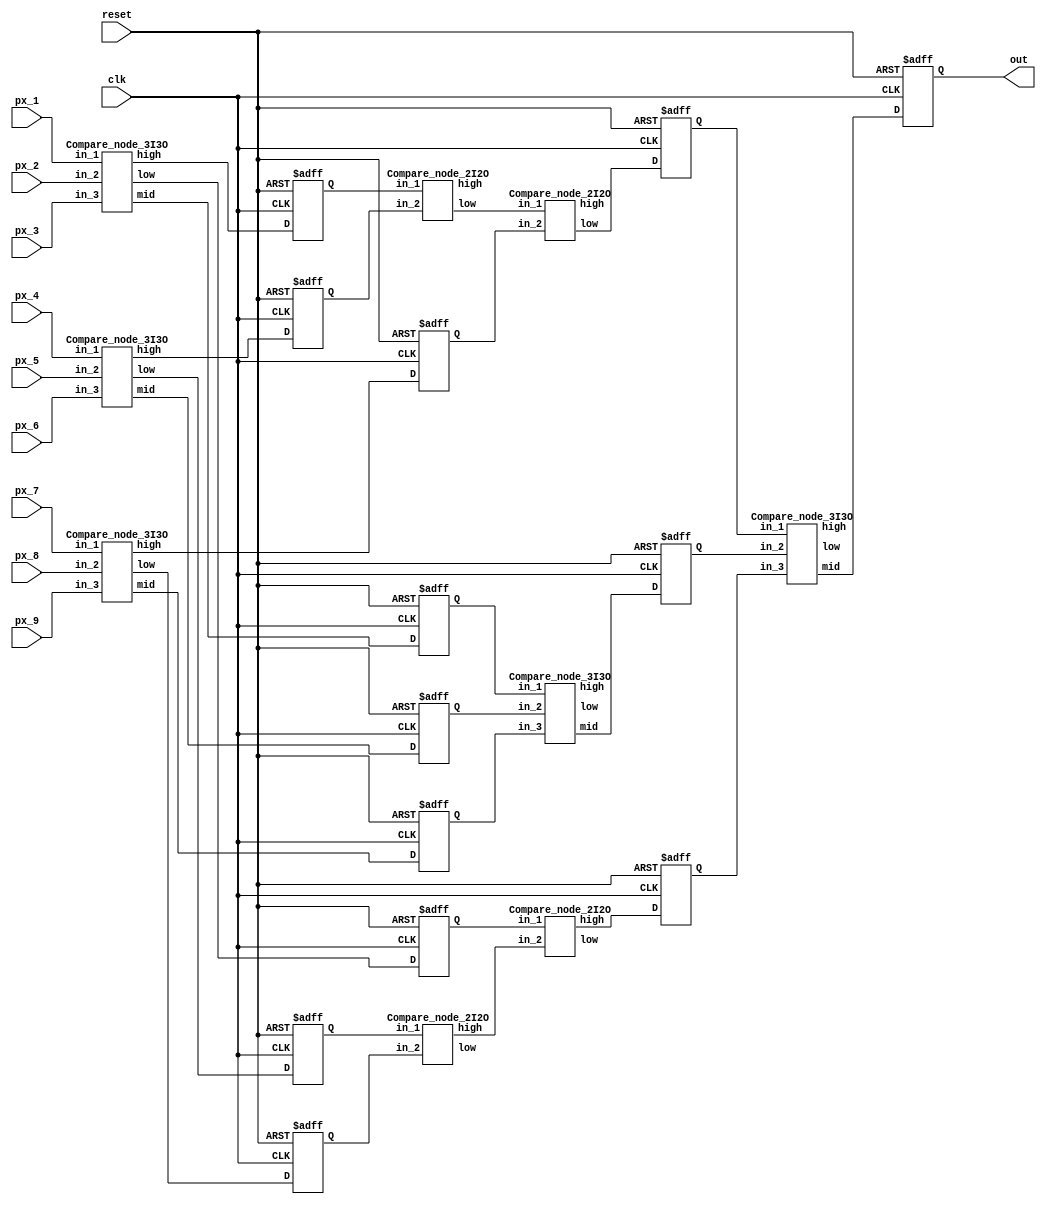
`timescale 1ns/10ps
//////////////////////////////////////////////////////////////////////////////////
// Median blur with 19 PEs & 3-level pipeline
// Structure: Systolic array
// Kernel size: 3x3
//
//////////////////////////////////////////////////////////////////////////////////

module  Median_blur_19_pip_3lv(
    input 	clk,
    input 	reset,
    input [7:0] px_1, px_2, px_3, px_4, px_5, px_6, px_7, px_8, px_9,
    output reg [7:0] out
	);

wire  [7:0] h3_1, h3_2, h3_3, h3_4, h3_5;
wire  [7:0] m3_1, m3_2, m3_3, m3_4, m3_5;
wire  [7:0] l3_1, l3_2, l3_3, l3_4, l3_5;

wire  [7:0] h2_1, h2_2, h2_3, h2_4;
wire  [7:0] l2_1, l2_2, l2_3, l2_4;

/////////////////////////////////////
//        Pipeline   stage         //
/////////////////////////////////////

reg  [7:0] pip_1_1, pip_1_2, pip_1_3, pip_1_4, pip_1_5, pip_1_6, pip_1_7, pip_1_8, pip_1_9;
reg  [7:0] pip_2_1, pip_2_2, pip_2_3;

Compare_node_3I3O u1(
    .in_1(px_1), .in_2(px_2), .in_3(px_3),
    .high(h3_1), .mid(m3_1), .low(l3_1)
);

Compare_node_3I3O u2(
    .in_1(px_4), .in_2(px_5), .in_3(px_6),
    .high(h3_2), .mid(m3_2), .low(l3_2)
);

Compare_node_3I3O u3(
    .in_1(px_7), .in_2(px_8), .in_3(px_9),
    .high(h3_3), .mid(m3_3), .low(l3_3)
);

//1st stage pipline
always @(posedge clk or posedge reset) begin
    if(reset) begin
        pip_1_1 <= 8'd0;
        pip_1_2 <= 8'd0;
        pip_1_3 <= 8'd0;
        pip_1_4 <= 8'd0;
        pip_1_5 <= 8'd0;
        pip_1_6 <= 8'd0;
        pip_1_7 <= 8'd0;
        pip_1_8 <= 8'd0;
        pip_1_9 <= 8'd0;
    end
    else begin
        pip_1_1 <= h3_1;
        pip_1_2 <= m3_1;
        pip_1_3 <= l3_1;
        pip_1_4 <= h3_2;
        pip_1_5 <= m3_2;
        pip_1_6 <= l3_2;
        pip_1_7 <= h3_3;
        pip_1_8 <= m3_3;
        pip_1_9 <= l3_3;
    end
end

Compare_node_2I2O u4(
    .in_1(pip_1_1), .in_2(pip_1_4),
    .high(h2_1), .low(l2_1)
);

Compare_node_2I2O u5(
    .in_1(l2_1), .in_2(pip_1_7),
    .high(h2_2), .low(l2_2)
);

Compare_node_3I3O u6(
    .in_1(pip_1_2), .in_2(pip_1_5), .in_3(pip_1_8),
    .high(h3_4), .mid(m3_4), .low(l3_4)
);

Compare_node_2I2O u7(
    .in_1(pip_1_3), .in_2(h2_4),
    .high(h2_3), .low(l2_3)
);

Compare_node_2I2O u8(
    .in_1(pip_1_6), .in_2(pip_1_9),
    .high(h2_4), .low(l2_4)
);

//2nd stage pipline
always @(posedge clk or posedge reset) begin
    if(reset) begin
        pip_2_1 <= 8'd0;
        pip_2_2 <= 8'd0;
        pip_2_3 <= 8'd0;
    end
    else begin
        pip_2_1 <= l2_2;
        pip_2_2 <= m3_4;
        pip_2_3 <= h2_3;
    end
end

Compare_node_3I3O u9(
    .in_1(pip_2_1), .in_2(pip_2_2), .in_3(pip_2_3),
    .high(h3_5), .mid(m3_5), .low(l3_5)
);

//output stage pipline
always @(posedge clk or posedge reset) begin
    if(reset) begin
        out <= 8'd0;
    end
    else begin
        out <= m3_5;
    end
end

endmodule

module  Compare_node_3I3O(
    input  [7:0] in_1, in_2, in_3,
    output  [7:0] high, mid, low
	);

wire  [7:0] high_1, low_1, high_2;

Compare_node_2I2O u1(
    .in_1(in_1), .in_2(in_2),
    .high(high_1), .low(low_1)
);

Compare_node_2I2O u2(
    .in_1(low_1), .in_2(in_3),
    .high(high_2), .low(low)
);

Compare_node_2I2O u3(
    .in_1(high_1), .in_2(high_2),
    .high(high), .low(mid)
);

endmodule


module  Compare_node_2I2O(
    input  [7:0] in_1, in_2,
    output  [7:0] high, low
	);

wire higher;

assign higher = (in_1>=in_2)? 1'b1:1'b0;

assign high = (higher==1'b1)? in_1:in_2;
assign low = (higher==1'b1)? in_2:in_1;

endmodule